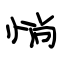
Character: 惝